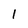
Character: l